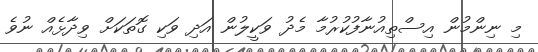
މި ނިންމުން އިސްތިއުނާފުކުރުމާ މެދު ވަކީލުން އަދި ވަކި ގޮތަކަށް ވިދާޅެއް ނުވެ